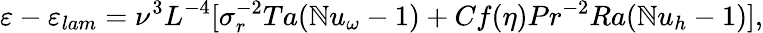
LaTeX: \varepsilon-\varepsilon_{lam}=\nu^{3}L^{-4}[\sigma_{r}^{-2}Ta(\mathbb{N}u_{\omega}-1)+Cf(\eta)Pr^{-2}Ra(\mathbb{N}u_{h}-1)],